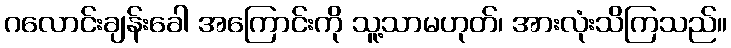
ဂလောင်းချန်းခေါ အကြောင်းကို သူ့သာမဟုတ်၊ အားလုံးသိကြသည်။